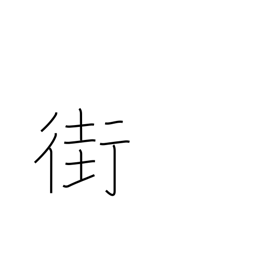
Meaning: street